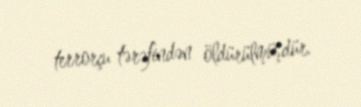
terrorçu tərəfindən öldürülmüşdür.